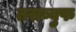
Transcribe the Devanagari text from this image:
तसब्बुफ